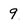
Character: 9